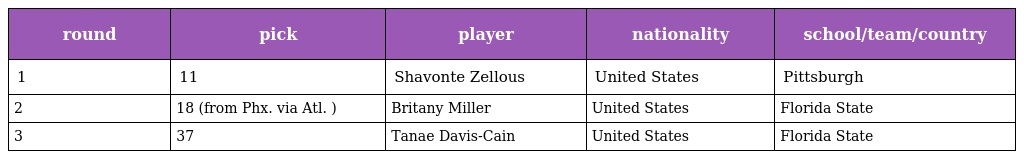
| round | pick | player | nationality | school/team/country |
 | --- | --- | --- | --- | --- |
 | 1 | 11 | Shavonte Zellous | United States | Pittsburgh |
 | 2 | 18 (from Phx. via Atl. ) | Britany Miller | United States | Florida State |
 | 3 | 37 | Tanae Davis-Cain | United States | Florida State |